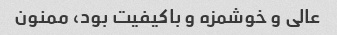
عالی و خوشمزه و باکیفیت بود، ممنون